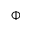
\Phi